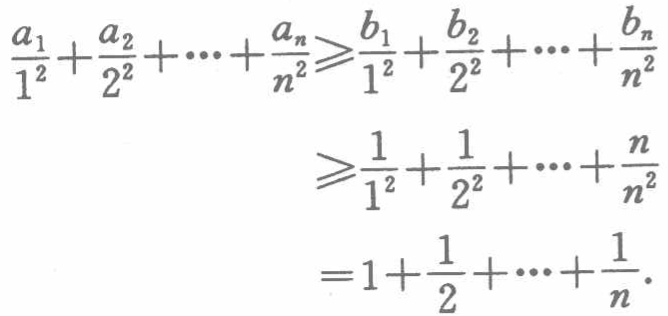
\[

\begin{align*}

\frac{a_{1}}{1^{2}}+\frac{a_{2}}{2^{2}}+\cdots+\frac{a_{n}}{n^{2}}&\geqslant\frac{b_{1}}{1^{2}}+\frac{b_{2}}{2^{2}}+\cdots+\frac{b_{n}}{n^{2}}\\

&\geqslant\frac{1}{1^{2}}+\frac{1}{2^{2}}+\cdots+\frac{n}{n^{2}}\\

&=1+\frac{1}{2}+\cdots+\frac{1}{n}.

\end{align*}

\]